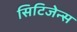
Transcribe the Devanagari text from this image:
सिटिजेन्स